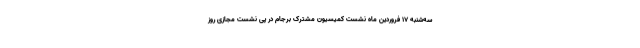
سه‌شنبه ۱۷ فروردین ماه نشست کمیسیون مشترک برجام در پی نشست مجازی روز